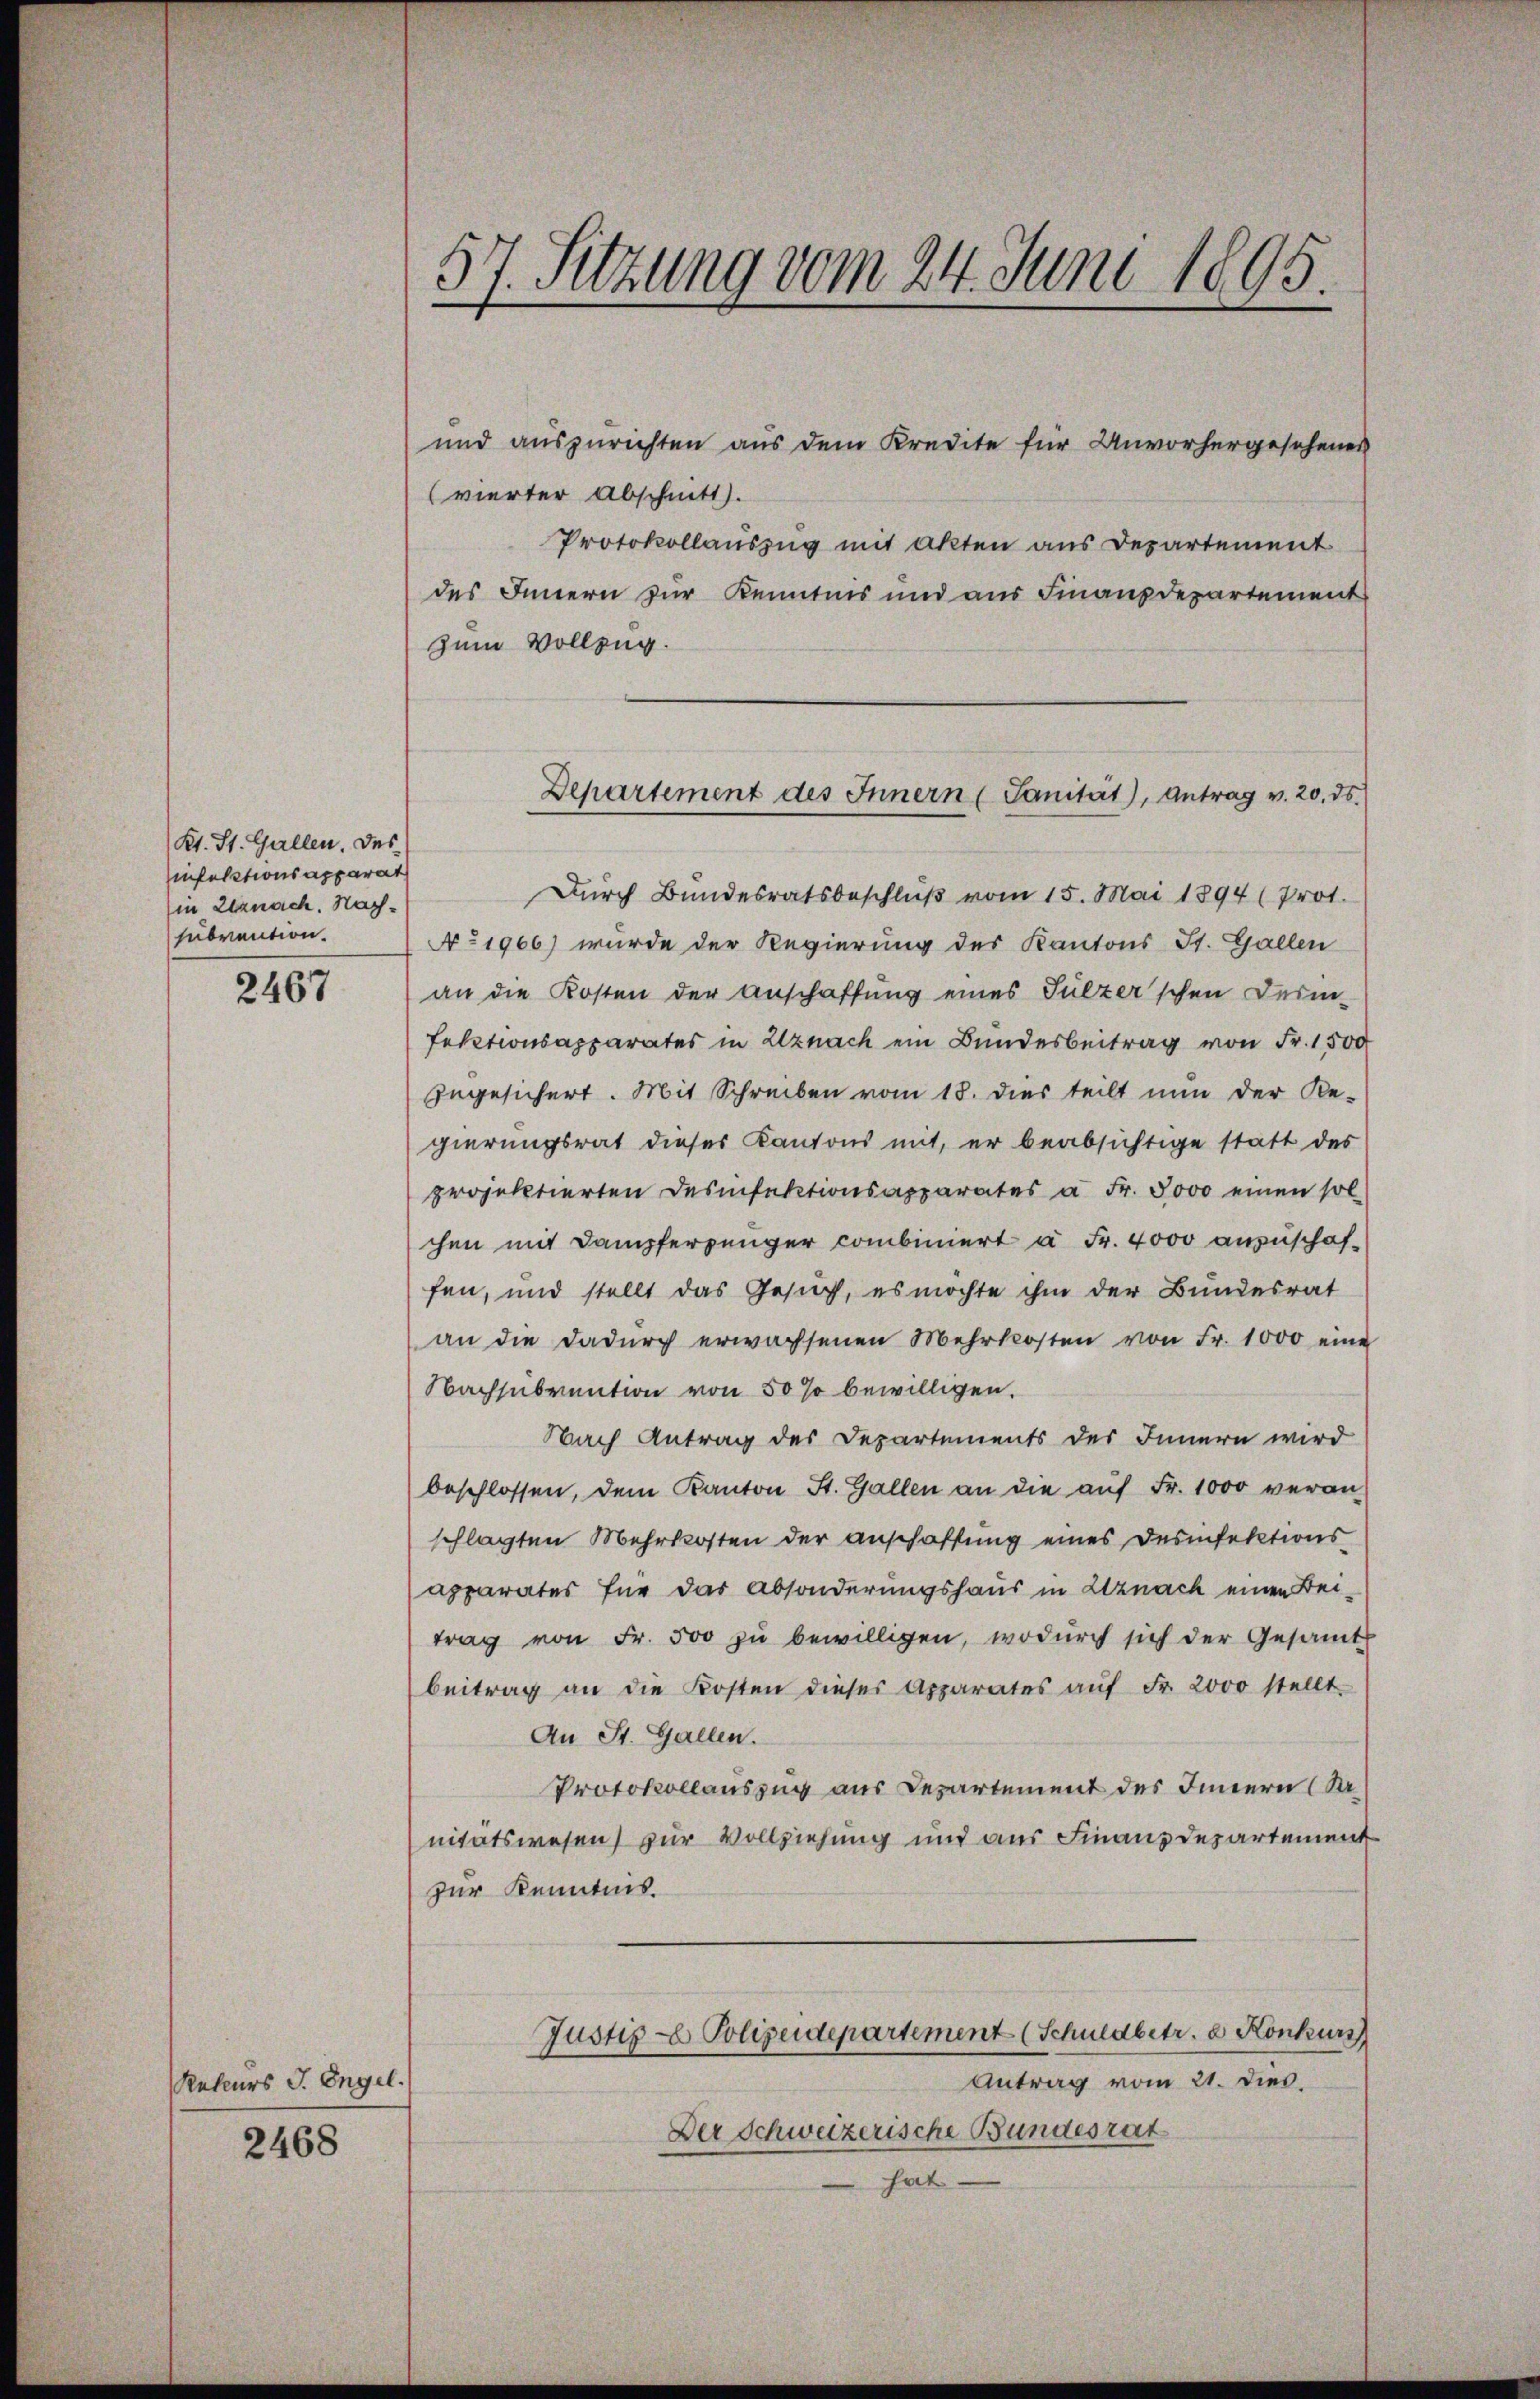
Kt. St. Gallen. Des
sinfektions apparat
in Lernach. Nachsubvention.

2467

und auszurichten aus dem Kredite für Unvorhergesehenes
(vierter Abschnitt.
Protokollauszug mit akten aus Departement
des Innern zur Kenntnis und aus Finanzdepartements
zum Vollzug.

Rekurs J. Engel.

2468

57. Sitzung vom 24. Juni 1895.

Departement des Innern (Sanität), Antrag v. 20. ds.

Durch Bundesratsbeschluß vom 15. Mai 1894 (Prot.
No 1966) wurde der Regierung des Kantons St. Gallen
an die Kosten der Anschaffung eines Sulzer'schen Deim-
fektionsapparates in Uznach ein Bundesbeitrag von Fr. 1500
zugesichert. Mit Schreiben vom 18. dies teilt nun der Re-
gierungsrat dieses Kantons mit, er beabsichtige statt des
projektierten Desinfektionsapparates à Fr. 5000 einen sol
chen mit Dampferjünger combiniert à Fr. 4000 anzuschaffen, und stellt das Gesuch, es möchte ihm der Bundesrat
an die dadurch erwachsenen Mehrkosten von Fr. 1000 eine
Nachsubvention von 50 % bewilligen.
Nach Antrag des Departements des Innern wird
beschlossen, dem Kanton St. Gallen an die aŭf Fr. 1000 veran-
schlagten Mehrkosten der Anschaffung eines Desinfektions
apparates für das Absonderungshaus in Utznach einen Beitrag von Fr. 500 zŭ bewilligen, wodŭrch sich der Gesamt
beitrag an die Kosten dieser Apparates aŭf Fr. 2000 stellt.
An St. Gallen.
Protokollauszug aus Departement des Innern (S.
nitätswesen zur Vollziehung und aus Finanzdepartement
zur Kenntnis.
Justiz - Polizeidepartement (Schuldbetr. 2 Konkurs
Antrag vom 21. dies.
Der Schweizerische Bundesrat
hat.